Civil Veterinary Dept. Assam report 1911-1927 - 1911-1927
Year: 1911
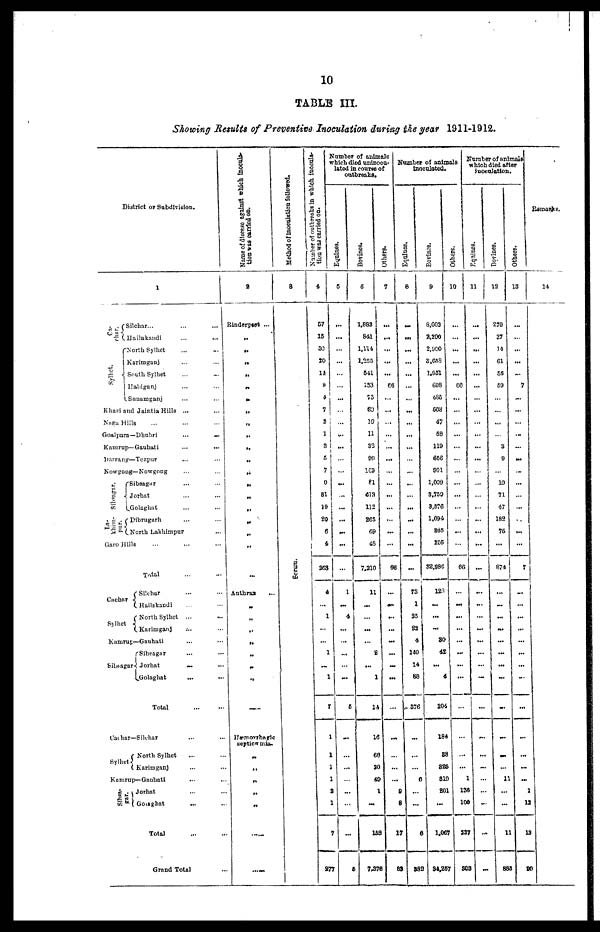
10
TABLE III
Showing Results of Preventive Inoculation during the year 1911-1912.
District or Subdivision.
char.
Sylhet.
1
Silchar... ... ...
Hailakandi
...
...
North Sylhet ... ...
Karimganj ... ...
South Sylhet ... ...
Habiganj ... ...
Sunamganj ... ...
Khasi and Jaintia Hills ... ...
Naga Hills ... ... ...
Goaipara—Dbuhri
...
...
Kamrnp—Gauhati
...
...
Darrang—Tczpur ... ...
Nowgong— Nowgong ... ...
Sibsagar.
khiin-
pur.
Sibsagar ... ...
Jorhat
...
...
Golaghat ... ...
Dibrugarh ... ...
North Lakhimpur ... ...
Garo Hills ... ... ...
Total ... ...
Silchar ... ...
cachar
Sylhet
Hailakandi ... ...
North Sylhet ... ...
Karimganj ... ...
Kamrup—Gauhati ... ...
Sibsagar ... ...
Sibsagar Jorhat
...
...
Golaghat
... ...
Total
...
...
Cacher—Sikhar ... ...
North Sylhet ... ...
Sylhet
Kamrup
Sihsa-
karimganj ... ...
rup— Ganhati ... ...
Jorhat ... ...
Gomghat ... ...
Total
Grand Total
Name
of disease against which Inocula-*
tion was carried on.
2
Rinderpest ...
„
„
„
„
„
„
„
„
„
„
„
„
„
„
„
„
„
„
...
Anthrax
...
„
„
„
„
„
„
„
„
...
Hæmorrhagic
Septicæmia.
„„
„
„
„
„
......
......
Method of inoculation
followed.
3
Serum.
Number of outbreaks in which inocula-
tion was carried on.
4
57
16
3O
2O
14
8
4
7
8
1
3
6
7
9
81
19
20
6
4
863
4
...
1
...
...
1
...
1
7
1
1
1
1
3
1
7
877
Number of animals
which died uninoon-
lasted in course of
outbreaks.
5
...
...
...
...
...
...
...
...
...
....
...
...
...
...
....
...
....
... ...
...
1
...
4
...
...
...
...
...
5
...
...
...
...
...
...
5
Bovines,
6
1,882
841
1,114
1,255
041
183
75
60
10
11
93
00
1C9
81
«18
112
265
69
68
7,210
11
...
...
tot
...
8
...
1
14
16
66
8O
49
1
...
152
7,376
Others.
|
1
...
...
...
...
...
66
...
...
...
...
...
...
...
...
...
...
...
68
...
...
...
...
...
...
...
...
...
...
...
...
...
0
8
17
83
Number of
animals
inoculated.
Equines,
8
...
...
...
...
...
...
...
...
...
...
...
...
...
...
...
...
...
73
1
25
83
4
140
14
88
376
...
...
...
0
...
...
6
882
Bovines.
9
8.003
2,200
2,900
8,658
1,851
608
486
60S
47
68
119
666
801
1,009
8.759
3,576
1,694
865
205
32,986
123
...
...
...
80
42
...
4
204
184
88
826
810
201
...
1,067
34,257
Others.
|
10
...
...
...
...
...
60
...
...
...
...
...
...
...
...
...
...
...
66
...
...
...
...
...
...
...
...
...
...
...
...
1
186
100
237
808
Number of animals
which died after
inoculation.
Equines.
11
...
...
...
...
...
...
...
...
...
...
...
...
...
...
...
...
... ...
...
...
...
...
...
...
...
...
...
. ....
...
...
...
...
...
...
...
...
Bovises.
12
270
37
14
61
88
59
...
...
...
...
3
9
...
10
71
47
182
76
...
874
...
...
...
...
...
...
...
...
...
...
...
...
11
...
...
11
885
Others.
18
...
...
...
...
...
7
...
...
...
...
...
...
...
...
...
...
...
... ...
7
...
...
...
...
...
....
...
....
...
...
...
...
...
1
12
10
20
Remarks,
14
9